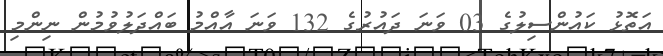
އަތޮޅު ކައުންސިލުގެ 03 ވަނަ ދައުރުގެ 132 ވަނަ އާއްމު ބައްދަލުވުމުން ނިންމި